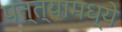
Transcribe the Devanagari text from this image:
पत्त्यामध्ये